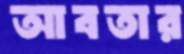
আবতার